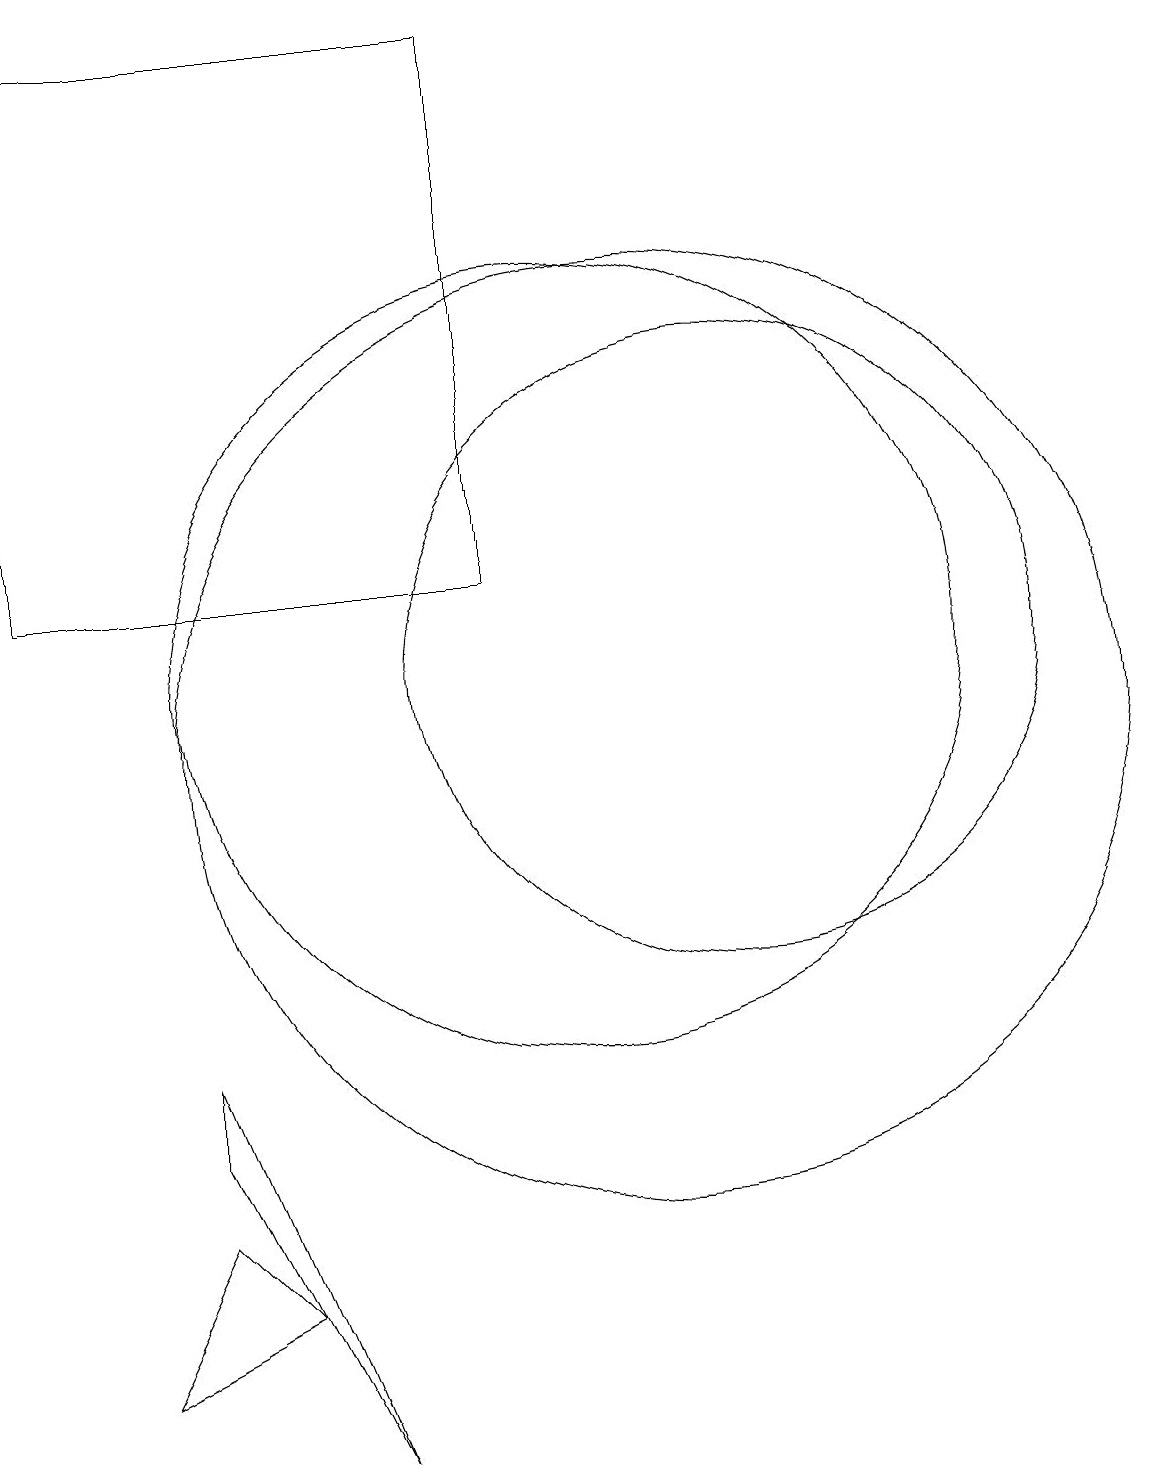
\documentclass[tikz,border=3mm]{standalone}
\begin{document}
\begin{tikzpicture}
\draw (12,11) circle (4);
\draw (11,10) circle (6);
\draw (3,19) rectangle (9,12);
\draw (10,11) circle (5);
\draw (6,17) rectangle (6,17);
\draw (4,2) -- (6,3) -- (5,4) -- cycle;
\draw (7,1) -- (5,6) -- (5,5) -- cycle;
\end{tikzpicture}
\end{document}